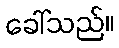
ခေါ်သည်။